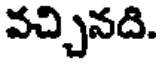
వచ్చినది.